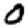
Digit: 0